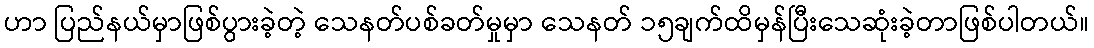
ဟာ ပြည်နယ်မှာဖြစ်ပွားခဲ့တဲ့ သေနတ်ပစ်ခတ်မှုမှာ သေနတ် ၁၅ချက်ထိမှန်ပြီးသေဆုံးခဲ့တာဖြစ်ပါတယ်။